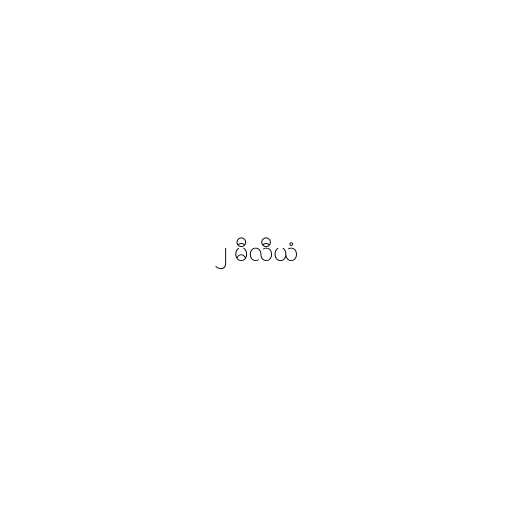
၂ မီလီယံ